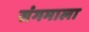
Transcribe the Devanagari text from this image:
संगमाला